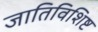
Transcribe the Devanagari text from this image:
जातिविशिष्ट